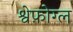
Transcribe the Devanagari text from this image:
श्वेफ़ोग्ल